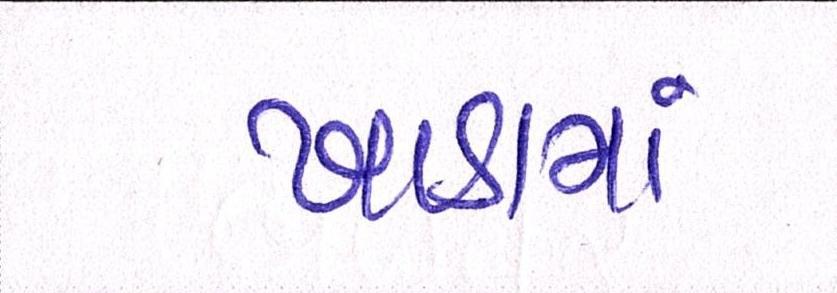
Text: ખાડામાં